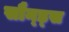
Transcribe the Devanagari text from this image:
सौन्ड्स